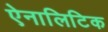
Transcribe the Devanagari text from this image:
ऐनालिटिक